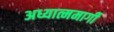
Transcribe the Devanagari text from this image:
अध्यात्ममार्गी